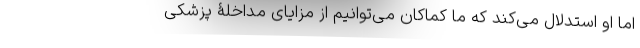
اما او استدلال می‌کند که ما کماکان می‌توانیم از مزایای مداخلۀ پزشکی